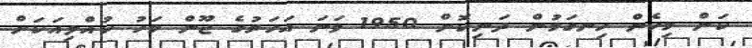
ކަން މިހެން ހިނގަމުން ދަނިކޮށް 1950 ވަނަ އަހަރުގެ ޖޫން މަހު ކުއްލިއަކަށް